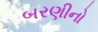
બરણીનો